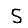
Digit: 5